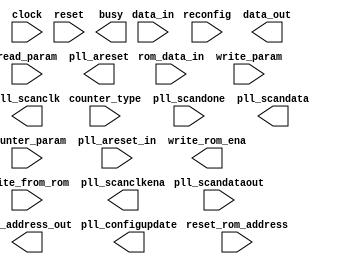
// megafunction wizard: %ALTPLL_RECONFIG%VBB%
// GENERATION: STANDARD
// VERSION: WM1.0
// MODULE: altpll_reconfig 

// ============================================================
// Megafunction Name(s):
// 			altpll_reconfig
//
// Simulation Library Files(s):
// 			altera_mf;cycloneiii;lpm
// ============================================================
// ************************************************************
// THIS IS A WIZARD-GENERATED FILE. DO NOT EDIT THIS FILE!
//
// 9.0 Build 235 06/17/2009 SP 2 SJ Web Edition
// ************************************************************

//Copyright (C) 1991-2009 Altera Corporation
//Your use of Altera Corporation's design tools, logic functions 
//and other software and tools, and its AMPP partner logic 
//functions, and any output files from any of the foregoing 
//(including device programming or simulation files), and any 
//associated documentation or information are expressly subject 
//to the terms and conditions of the Altera Program License 
//Subscription Agreement, Altera MegaCore Function License 
//Agreement, or other applicable license agreement, including, 
//without limitation, that your use is for the sole purpose of 
//programming logic devices manufactured by Altera and sold by 
//Altera or its authorized distributors.  Please refer to the 
//applicable agreement for further details.

module ALTREC (
	clock,
	counter_param,
	counter_type,
	data_in,
	pll_areset_in,
	pll_scandataout,
	pll_scandone,
	read_param,
	reconfig,
	reset,
	reset_rom_address,
	rom_data_in,
	write_from_rom,
	write_param,
	busy,
	data_out,
	pll_areset,
	pll_configupdate,
	pll_scanclk,
	pll_scanclkena,
	pll_scandata,
	rom_address_out,
	write_rom_ena)/* synthesis synthesis_clearbox = 1 */;

	input	  clock;
	input	[2:0]  counter_param;
	input	[3:0]  counter_type;
	input	[8:0]  data_in;
	input	  pll_areset_in;
	input	  pll_scandataout;
	input	  pll_scandone;
	input	  read_param;
	input	  reconfig;
	input	  reset;
	input	  reset_rom_address;
	input	  rom_data_in;
	input	  write_from_rom;
	input	  write_param;
	output	  busy;
	output	[8:0]  data_out;
	output	  pll_areset;
	output	  pll_configupdate;
	output	  pll_scanclk;
	output	  pll_scanclkena;
	output	  pll_scandata;
	output	[7:0]  rom_address_out;
	output	  write_rom_ena;
`ifndef ALTERA_RESERVED_QIS
// synopsys translate_off
`endif
	tri0	  pll_areset_in;
	tri0	  reset_rom_address;
	tri0	  rom_data_in;
	tri0	  write_from_rom;
`ifndef ALTERA_RESERVED_QIS
// synopsys translate_on
`endif

endmodule

// ============================================================
// CNX file retrieval info
// ============================================================
// Retrieval info: PRIVATE: CHAIN_TYPE NUMERIC "0"
// Retrieval info: PRIVATE: INIT_FILE_NAME STRING ""
// Retrieval info: PRIVATE: INTENDED_DEVICE_FAMILY STRING "Cyclone III"
// Retrieval info: PRIVATE: SYNTH_WRAPPER_GEN_POSTFIX STRING "0"
// Retrieval info: PRIVATE: USE_INIT_FILE STRING "0"
// Retrieval info: CONSTANT: INTENDED_DEVICE_FAMILY STRING "Cyclone III"
// Retrieval info: USED_PORT: busy 0 0 0 0 OUTPUT NODEFVAL "busy"
// Retrieval info: USED_PORT: clock 0 0 0 0 INPUT NODEFVAL "clock"
// Retrieval info: USED_PORT: counter_param 0 0 3 0 INPUT NODEFVAL "counter_param[2..0]"
// Retrieval info: USED_PORT: counter_type 0 0 4 0 INPUT NODEFVAL "counter_type[3..0]"
// Retrieval info: USED_PORT: data_in 0 0 9 0 INPUT NODEFVAL "data_in[8..0]"
// Retrieval info: USED_PORT: data_out 0 0 9 0 OUTPUT NODEFVAL "data_out[8..0]"
// Retrieval info: USED_PORT: pll_areset 0 0 0 0 OUTPUT NODEFVAL "pll_areset"
// Retrieval info: USED_PORT: pll_areset_in 0 0 0 0 INPUT GND "pll_areset_in"
// Retrieval info: USED_PORT: pll_configupdate 0 0 0 0 OUTPUT NODEFVAL "pll_configupdate"
// Retrieval info: USED_PORT: pll_scanclk 0 0 0 0 OUTPUT NODEFVAL "pll_scanclk"
// Retrieval info: USED_PORT: pll_scanclkena 0 0 0 0 OUTPUT NODEFVAL "pll_scanclkena"
// Retrieval info: USED_PORT: pll_scandata 0 0 0 0 OUTPUT NODEFVAL "pll_scandata"
// Retrieval info: USED_PORT: pll_scandataout 0 0 0 0 INPUT NODEFVAL "pll_scandataout"
// Retrieval info: USED_PORT: pll_scandone 0 0 0 0 INPUT NODEFVAL "pll_scandone"
// Retrieval info: USED_PORT: read_param 0 0 0 0 INPUT NODEFVAL "read_param"
// Retrieval info: USED_PORT: reconfig 0 0 0 0 INPUT NODEFVAL "reconfig"
// Retrieval info: USED_PORT: reset 0 0 0 0 INPUT NODEFVAL "reset"
// Retrieval info: USED_PORT: reset_rom_address 0 0 0 0 INPUT GND "reset_rom_address"
// Retrieval info: USED_PORT: rom_address_out 0 0 8 0 OUTPUT NODEFVAL "rom_address_out[7..0]"
// Retrieval info: USED_PORT: rom_data_in 0 0 0 0 INPUT GND "rom_data_in"
// Retrieval info: USED_PORT: write_from_rom 0 0 0 0 INPUT GND "write_from_rom"
// Retrieval info: USED_PORT: write_param 0 0 0 0 INPUT NODEFVAL "write_param"
// Retrieval info: USED_PORT: write_rom_ena 0 0 0 0 OUTPUT NODEFVAL "write_rom_ena"
// Retrieval info: CONNECT: @data_in 0 0 9 0 data_in 0 0 9 0
// Retrieval info: CONNECT: write_rom_ena 0 0 0 0 @write_rom_ena 0 0 0 0
// Retrieval info: CONNECT: @reset 0 0 0 0 reset 0 0 0 0
// Retrieval info: CONNECT: rom_address_out 0 0 8 0 @rom_address_out 0 0 8 0
// Retrieval info: CONNECT: @reset_rom_address 0 0 0 0 reset_rom_address 0 0 0 0
// Retrieval info: CONNECT: @pll_scandone 0 0 0 0 pll_scandone 0 0 0 0
// Retrieval info: CONNECT: @read_param 0 0 0 0 read_param 0 0 0 0
// Retrieval info: CONNECT: @write_from_rom 0 0 0 0 write_from_rom 0 0 0 0
// Retrieval info: CONNECT: @counter_type 0 0 4 0 counter_type 0 0 4 0
// Retrieval info: CONNECT: @pll_areset_in 0 0 0 0 pll_areset_in 0 0 0 0
// Retrieval info: CONNECT: @pll_scandataout 0 0 0 0 pll_scandataout 0 0 0 0
// Retrieval info: CONNECT: @write_param 0 0 0 0 write_param 0 0 0 0
// Retrieval info: CONNECT: @rom_data_in 0 0 0 0 rom_data_in 0 0 0 0
// Retrieval info: CONNECT: pll_areset 0 0 0 0 @pll_areset 0 0 0 0
// Retrieval info: CONNECT: pll_configupdate 0 0 0 0 @pll_configupdate 0 0 0 0
// Retrieval info: CONNECT: data_out 0 0 9 0 @data_out 0 0 9 0
// Retrieval info: CONNECT: @clock 0 0 0 0 clock 0 0 0 0
// Retrieval info: CONNECT: pll_scanclkena 0 0 0 0 @pll_scanclkena 0 0 0 0
// Retrieval info: CONNECT: busy 0 0 0 0 @busy 0 0 0 0
// Retrieval info: CONNECT: @counter_param 0 0 3 0 counter_param 0 0 3 0
// Retrieval info: CONNECT: @reconfig 0 0 0 0 reconfig 0 0 0 0
// Retrieval info: CONNECT: pll_scandata 0 0 0 0 @pll_scandata 0 0 0 0
// Retrieval info: CONNECT: pll_scanclk 0 0 0 0 @pll_scanclk 0 0 0 0
// Retrieval info: GEN_FILE: TYPE_NORMAL ALTREC.v TRUE
// Retrieval info: GEN_FILE: TYPE_NORMAL ALTREC.inc TRUE
// Retrieval info: GEN_FILE: TYPE_NORMAL ALTREC.cmp TRUE
// Retrieval info: GEN_FILE: TYPE_NORMAL ALTREC.bsf TRUE
// Retrieval info: GEN_FILE: TYPE_NORMAL ALTREC_inst.v TRUE
// Retrieval info: GEN_FILE: TYPE_NORMAL ALTREC_bb.v TRUE
// Retrieval info: LIB_FILE: altera_mf
// Retrieval info: LIB_FILE: cycloneiii
// Retrieval info: LIB_FILE: lpm